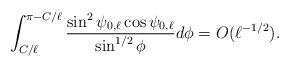
LaTeX: \begin{align*} \int_{C/\ell}^{\pi -C/\ell} \frac{\sin^2 \psi_{0,\ell} \cos \psi_{0,\ell} }{ \sin^{1/2} \phi} d \phi =O(\ell^{-1/2}).\end{align*}